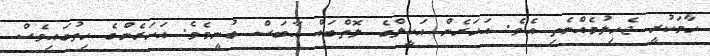
ހާމަކުރީ ޖެހިލުމެއްނެތި އެވެ. އަހަރެން އަކީލްގެ ލޮތްބައް އާބަސް ބުނީމެވެ. އަހަރެންގެ ހިތުގައިވެސް